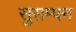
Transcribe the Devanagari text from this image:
सुसम्पन